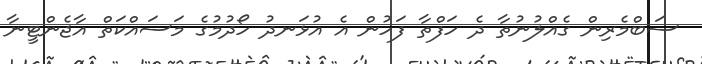
ސަބްމެރިން ގެއްލުނުތާ ދެ ހަފްތާ ފަހުން އެ އުޅަނދު ހޯދުމުގެ މަސައްކަތް އާޖެންޓީނާ